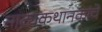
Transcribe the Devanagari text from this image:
नाट्यकथानकांचॆ